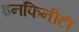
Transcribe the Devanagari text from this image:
इनफिनीटी